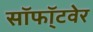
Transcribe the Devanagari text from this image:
सॉफॉ्टवेर